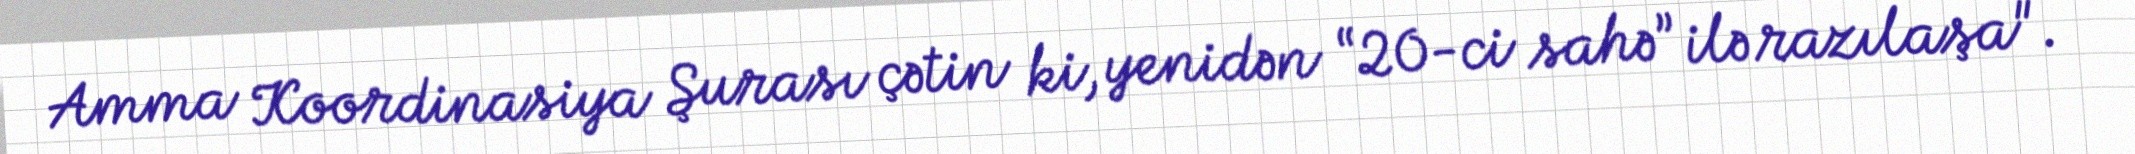
Amma Koordinasiya Şurası çətin ki, yenidən “20-ci sahə” ilə razılaşa".